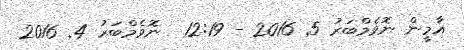
އާމީން ނޮވެމްބަރު 5